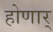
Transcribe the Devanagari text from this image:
होणार्